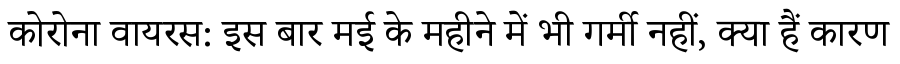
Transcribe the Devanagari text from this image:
कोरोना वायरस: इस बार मई के महीने में भी गर्मी नहीं, क्या हैं कारण